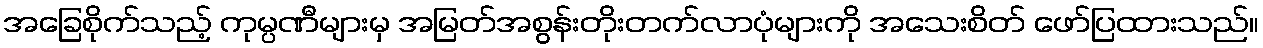
အခြေစိုက်သည့် ကုမ္ပဏီများမှ အမြတ်အစွန်းတိုးတက်လာပုံများကို အသေးစိတ် ဖော်ပြထားသည်။